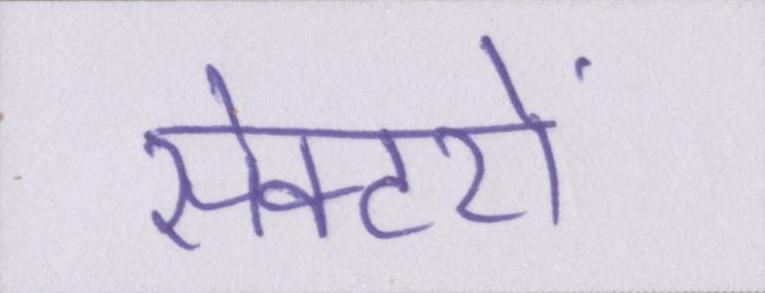
सेक्टरों